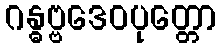
ဂန္ဓဗ္ဗဒေဝပုတ္တော